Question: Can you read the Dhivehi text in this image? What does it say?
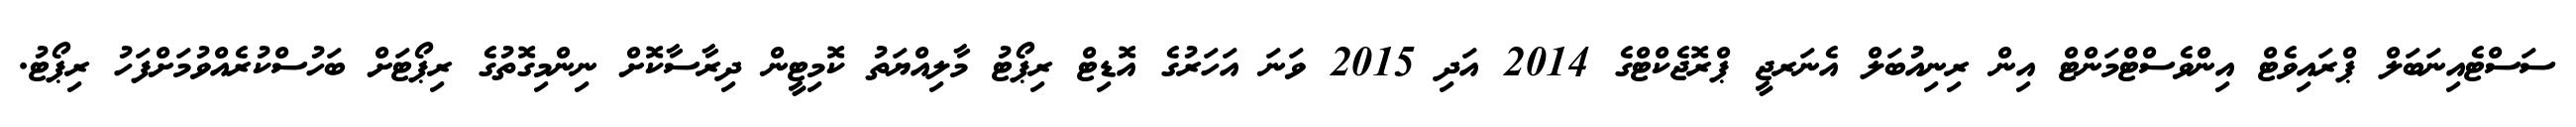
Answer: ސަސްޓެއިނަބަލް ޕްރައިވެޓް އިންވެސްޓްމަންޓް އިން ރިނިއުބަލް އެނަރޖީ ޕްރޮޖެކްޓްގެ 2014 އަދި 2015 ވަނަ އަހަރުގެ އޮޑިޓް ރިޕޯޓު މާލިއްޔަތު ކޮމިޓީން ދިރާސާކޮށް ނިންމިގޮތުގެ ރިޕޯޓަށް ބަހުސްކުރެއްވުމަށްފަހު ރިޕޯޓު.